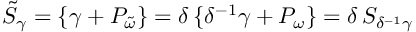
\tilde { S } _ { \gamma } = \{ \gamma + P _ { \tilde { \omega } } \} = \delta \, \{ \delta ^ { - 1 } \gamma + P _ { \omega } \} = \delta \, S _ { \delta ^ { - 1 } \gamma }